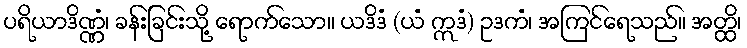
ပရိယာဒိဏ္ဏံ၊ ခန်းခြင်းသို့ ရောက်သော။ ယဒိဒံ (ယံ ဣဒံ) ဥဒကံ၊ အကြင်ရေသည်။ အတ္ထိ၊